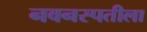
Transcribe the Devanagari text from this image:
नवनस्पतीला